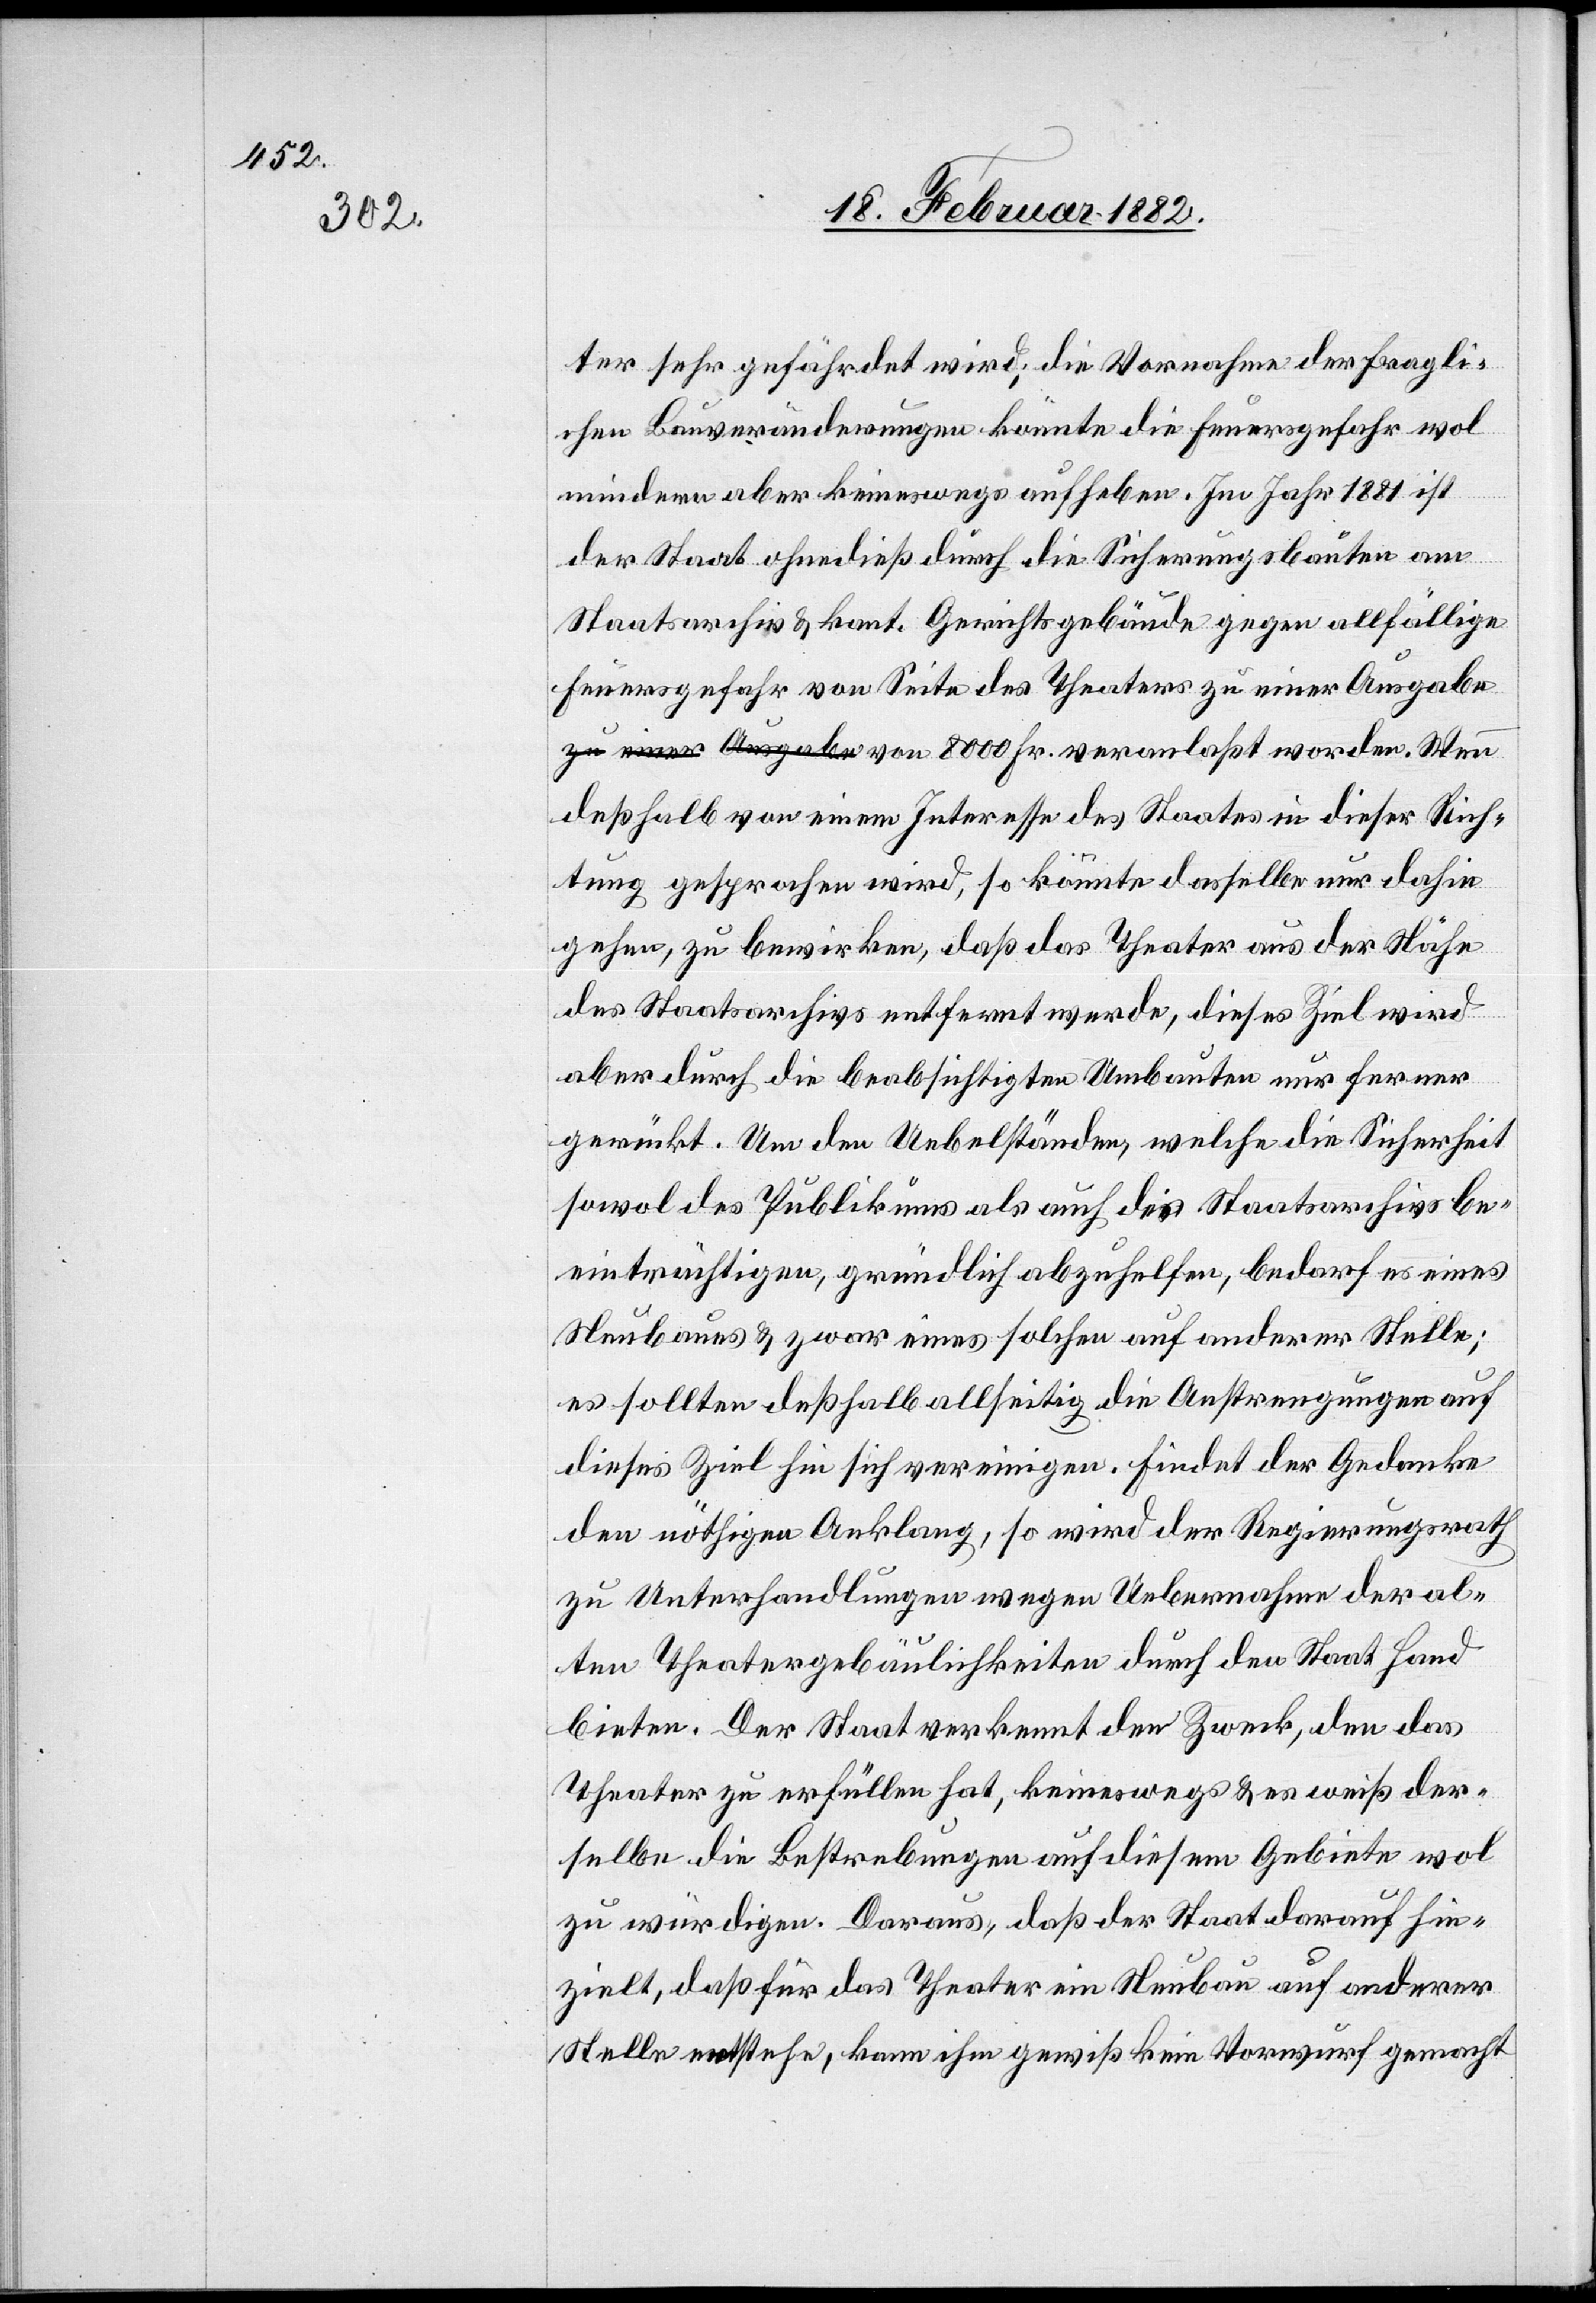
ter sehr gefährdet wird; die Vornahme der fragli¬
chen Bauveränderungen könnte die Feuergefahr wol
mindern aber keineswegs aufheben. Im Jahr 1881 ist
der Staat ohne dieß durch die Sicherungsbaute am
Staatsarchiv & kant. Gerichtsgebäude gegen allfällige
Feuergefahr von Seite des Theaters zu einer Ausgabe
deßhalb von einem Interesse des Staates in dieser Rich¬
tung gesprochen wird, so könnte dasselbe nur dahin
gehen, zu bewirken, daß das Theater aus der Nähe
des Staatsarchives entfernt werde, dieses Ziel wird
aber durch die beabsichtigen Umbauten nur ferner
gerückt. Um den Uebelständen, welche die Sicherheit
sowol des Publikums als auch des Staatsarchivs be¬
einträchtigen, gründlich abzuhelfen, bedarf es eines
Neubaus & zwar eines solchen auf anderer Stelle;
es sollten deßhalb allseitig die Anstrengungen auf
dieses Ziel hin sich vereinigen. Findet der Gedanke
den nöthigen Anklang, so wird der Regierungsrath
zu Unterhandlungen wegen Uebernahme der al¬
ten Theatergebäulichkeiten durch den Staat Hand
bieten. Der Staat verkennt den Zweck, den das
Theater zu erfüllen hat, keineswegs & es weiß der¬
selbe die Bestrebungen auf diesem Gebiete wol
zu würdigen. Daraus, daß der Staat darauf hin¬
zielt, daß für das Theater ein Neubau auf anderer
Stelle entstehe, kam ihm gewiß kein Vorwurf gemacht